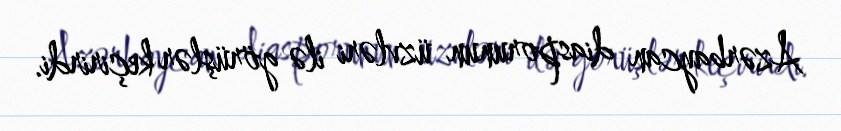
Azərbaycan diasporunun üzvləri ilə görüşlər keçirirdi.